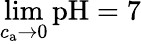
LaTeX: \operatorname*{lim}_{c_{\mathrm{a}}\to 0}{\mathrm{pH}}=7